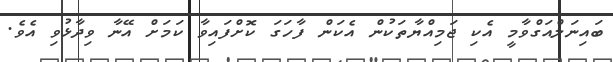
ބައިނަލްއަގްވާމީ އެކި ޖަމިއްޔާތަކުން އެކަން ފާހަގަ ކޮށްފައިވާ ކަމަށް އޭނާ ވިދާޅުވި އެވެ.